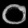
Digit: ၀